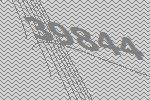
39844